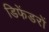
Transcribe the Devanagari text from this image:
डिफेंडरों